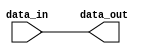
module c_padder
  (data_in, data_out);
   parameter width = 32;
   parameter pad_left = 0;
   parameter pad_left_value = 0;
   parameter pad_right = 0;
   parameter pad_right_value = 0;
   localparam new_width = pad_left + width + pad_right;
   input [0:width-1] data_in;
   output [0:new_width-1] data_out;
   wire [0:new_width-1] data_out;
   genvar 		i;
   generate
      for(i = 0; i < new_width; i = i + 1)
	begin:bits
	   if(i < pad_left)
	     assign data_out[i] = pad_left_value;
	   else if(i >= (new_width - pad_right))
	     assign data_out[i] = pad_right_value;
	   else
	     assign data_out[i] = data_in[i - pad_left];
	end
   endgenerate
endmodule